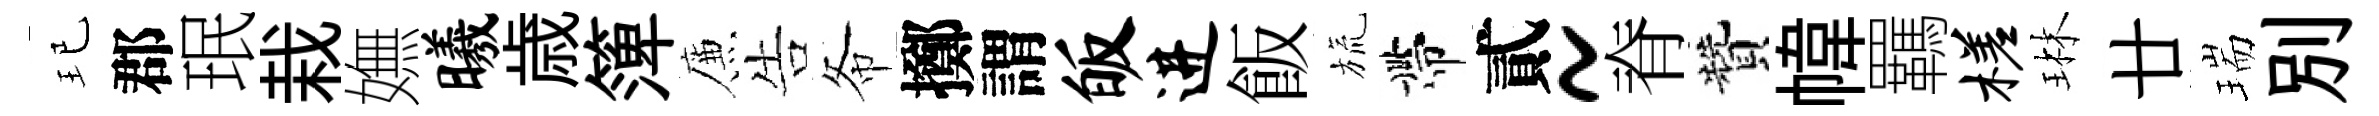
玘郡珉栽嫵曦歳𥱼簾告𢁙擲謂皈进飯旒帶貳~脊贊幃羈槎琳廿瑞别